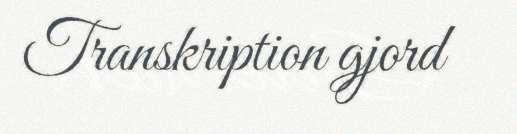
Transkription gjord